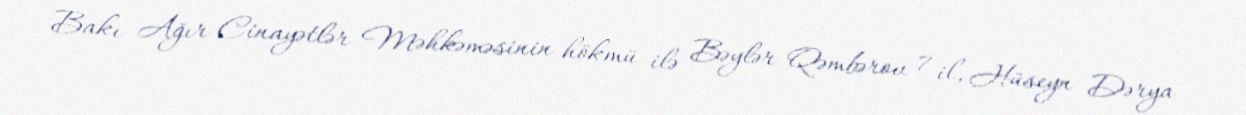
Bakı Ağır Cinayətlər Məhkəməsinin hökmü ilə Bəylər Qəmbərov 7 il, Hüseyn Dərya